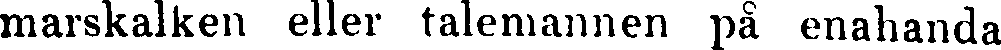
marskalken eller talemannen på enahanda